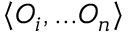
\left< O _ { i } , . . . O _ { n } \right>